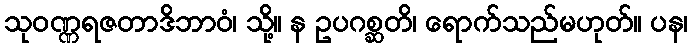
သုဝဏ္ဏရဇတာဒိဘာဝံ၊ သို့။ န ဥပဂစ္ဆတိ၊ ရောက်သည်မဟုတ်။ ပန၊